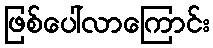
ဖြစ်ပေါ်လာကြောင်း